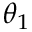
\theta _ { 1 }